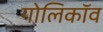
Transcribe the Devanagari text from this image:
गोलिकॉव